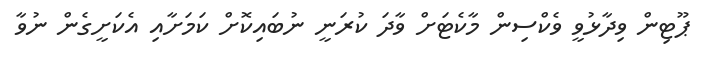
ޕޫޓިން ވިދާޅުވީ ވެކްސިން މާކެޓަށް ވާދަ ކުރަނީ ނުބައިކޮށް ކަމަށާއި އެކަށީގެން ނުވާ